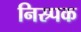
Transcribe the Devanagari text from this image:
निस्र्पक